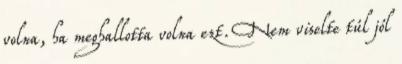
volna, ha meghallotta volna ezt. Nem viselte túl jól